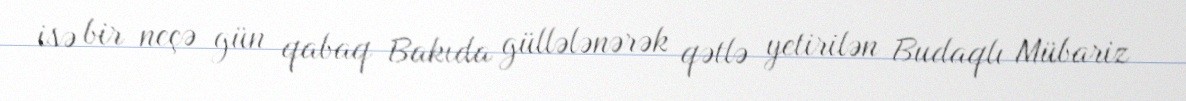
isə bir neçə gün qabaq Bakıda güllələnərək qətlə yetirilən Budaqlı Mübariz